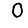
Digit: 0